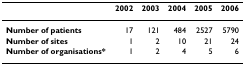
<table><thead><tr><td></td><td><b>2002</b></td><td><b>2003</b></td><td><b>2004</b></td><td><b>2005</b></td><td><b>2006</b></td></tr></thead><tbody><tr><td><b>Number of patients</b></td><td>17</td><td>121</td><td>484</td><td>2527</td><td>5790</td></tr><tr><td><b>Number of sites</b></td><td>1</td><td>2</td><td>10</td><td>21</td><td>24</td></tr><tr><td><b>Number of organisations*</b></td><td>1</td><td>2</td><td>4</td><td>5</td><td>6</td></tr></tbody></table>